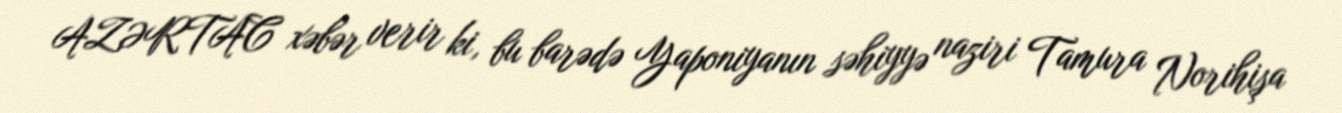
AZƏRTAC xəbər verir ki, bu barədə Yaponiyanın səhiyyə naziri Tamura Norihişa